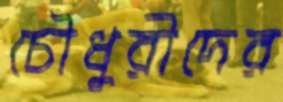
চৌধুরীদের